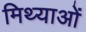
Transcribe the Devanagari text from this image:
मिथ्याओं